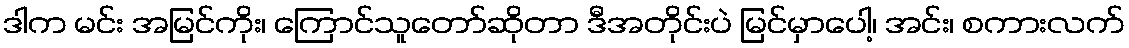
ဒါက မင်း အမြင်ကိုး၊ ကြောင်သူတော်ဆိုတာ ဒီအတိုင်းပဲ မြင်မှာပေါ့၊ အင်း၊ စကားလက်